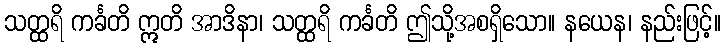
သတ္ထရိ ကင်္ခတိ ဣတိ အာဒိနာ၊ သတ္ထရိ ကင်္ခတိ ဤသို့အစရှိသော။ နယေန၊ နည်းဖြင့်။